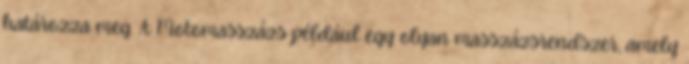
határozza meg. A Motomasszázs például egy olyan masszázsrendszer, amely